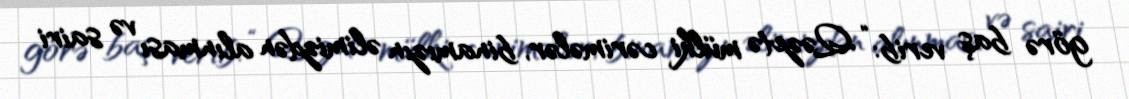
görə baş verib: “Qəzetə mülki cərimələr, binamızın əlimizdən alınması və sairi